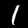
Label: 1